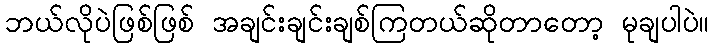
ဘယ်လိုပဲဖြစ်ဖြစ် အချင်းချင်းချစ်ကြတယ်ဆိုတာတော့ မုချပါပဲ။